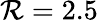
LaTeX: \mathcal{R}=2.5